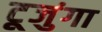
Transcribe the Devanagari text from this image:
टूजुंगा